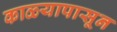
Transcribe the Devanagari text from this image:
काळ्यापासून